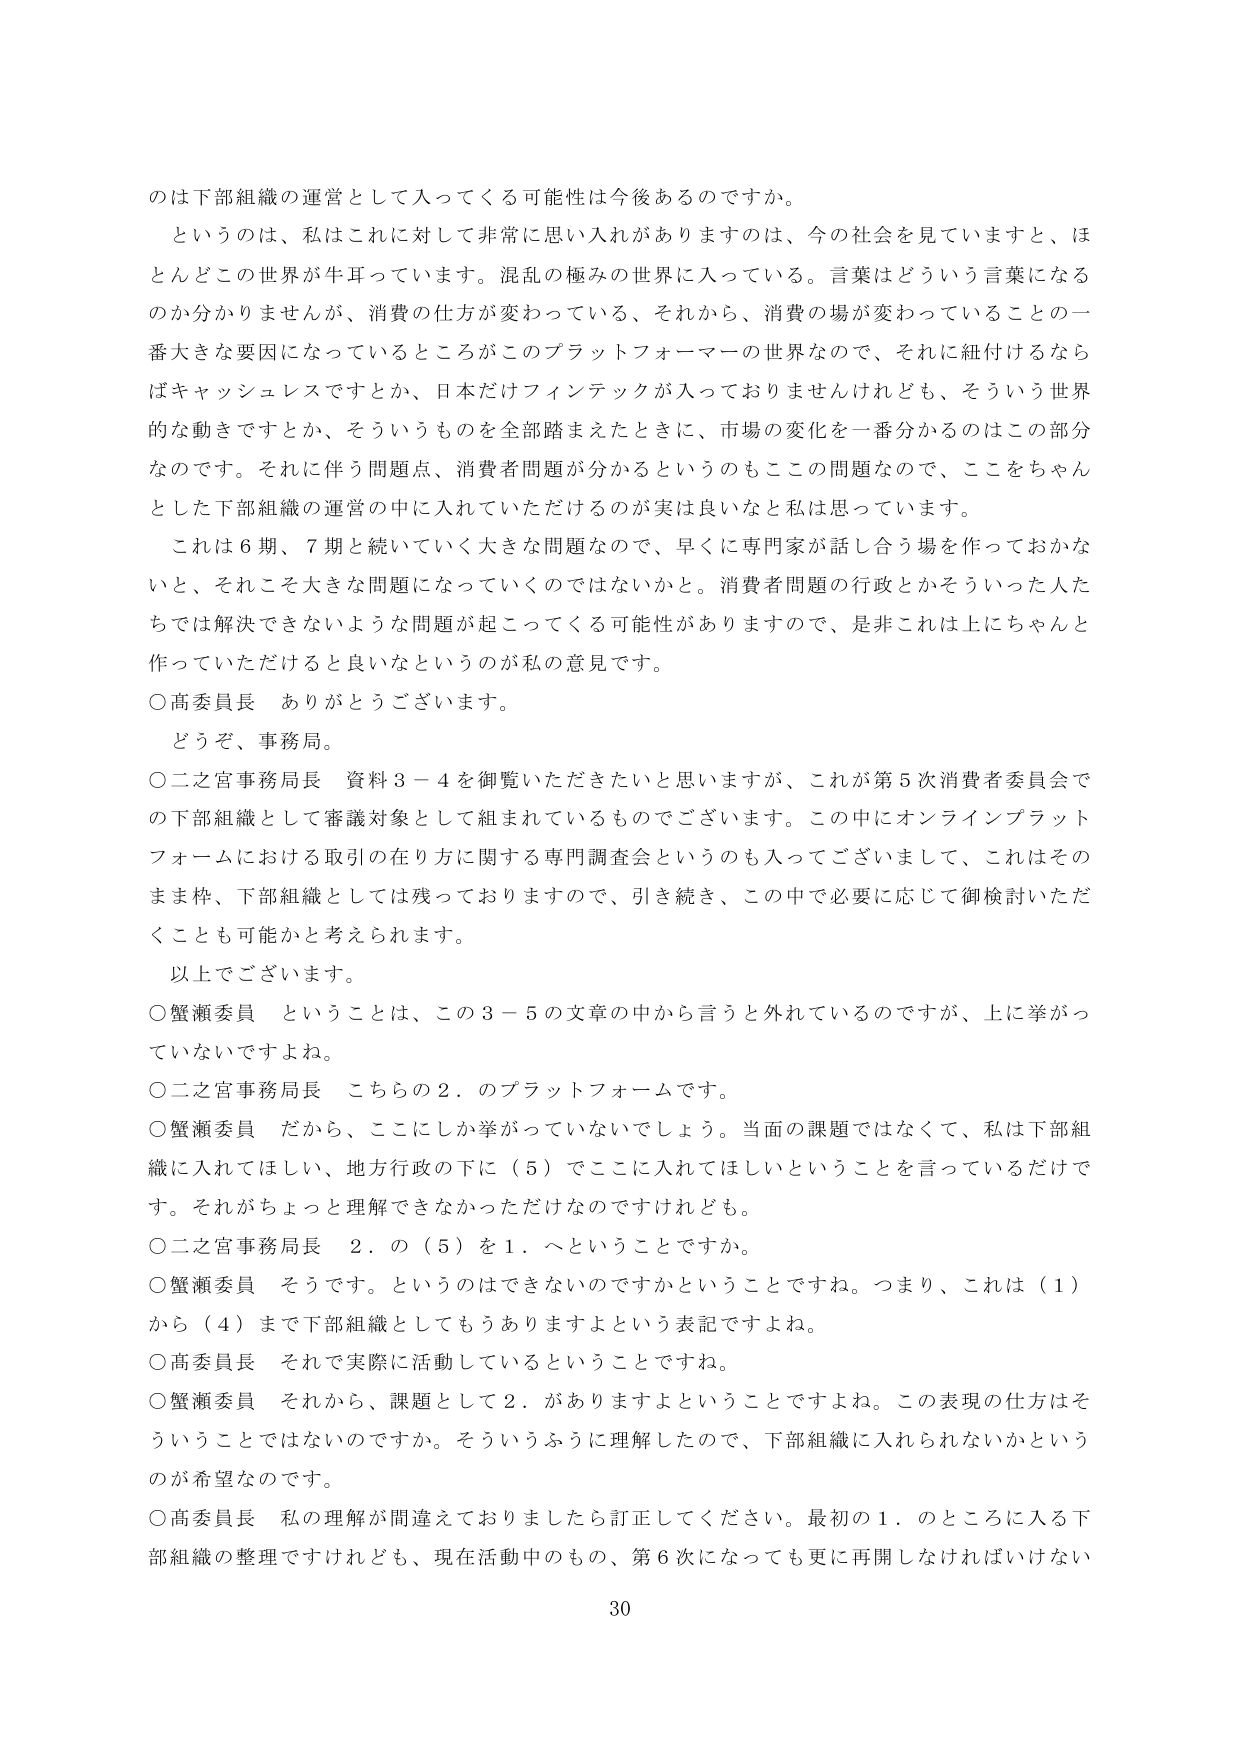
のは下部組織の運営として入ってくる可能性は今後あるのですか。

というのは、私はこれに対して非常に思い入れがありますのは、今の社会を見ていますと、ほとんどこの世界が牛耳っています。混乱の極みの世界に入っている。言葉はどういう言葉になるのか分かりませんが、消費の仕方が変わっている、それから、消費の場が変わっていることの一番大きな要因になっているところがこのプラットフォーマーの世界なので、それに紐付けるならばキャッシュレスですとか、日本だけフィンテックが入っておりませんけれども、そういう世界的な動きですとか、そういうものを全部踏まえたときに、市場の変化を一番分かるのはこの部分なのです。それに伴う問題点、消費者問題が分かるというのもここの問題なので、ここをちゃんととした下部組織の運営の中に入れていただけるのが実は良いなと私は思っています。

これは６期、７期と続いていく大きな問題なので、早くに専門家が話し合う場を作っておかないと、それこそ大きな問題になっていくのではないでしょうか。消費者問題の行政とかそういった人たちでは解決できないような問題が起こってくる可能性がありますので、是非これは上にちゃんと作っていただけると良いなというのが私の意見です。

○高委員長　ありがとうございます。

どうぞ、事務局。

○二之宮事務局長　資料３－４を御覧いただきたいと思いますが、これが第５次消費者委員会での下部組織として審議対象として組まれているものでございます。この中にオンラインプラットフォームにおける取引の在り方に関する専門調査会というのも入ってございまして、これはそのまま枠、下部組織としては残っておりますので、引き続き、この中で必要に応じて御検討いただくことも可能と考えられます。

以上でございます。

○蟹瀬委員　ということは、この３－５の文章の中から言うと外れているのですが、上に挙がっていないですよね。

○二之宮事務局長　こちらの２．のプラットフォームです。

○蟹瀬委員　だから、ここにしか挙がっていないでしょう。当面の課題ではなくて、私は下部組織に入れてほしい、地方行政の下に（５）でここに入れてほしいということを言っているだけです。それがちょっと理解できなかっただけなのですけれども。

○二之宮事務局長　２．の（５）を１．へということですか。

○蟹瀬委員　そうです。というのはできないのですかということですね。つまり、これは（１）から（４）まで下部組織としてもうありますよという表記ですよね。

○高委員長　それで実際に活動しているということですね。

○蟹瀬委員　それから、課題として２．がありますよということですよね。この表現の仕方はそういうことではないのですか。そういうふうに理解したので、下部組織に入れられないかというのが希望なのです。

○高委員長　私の理解が間違えておりましたら訂正してください。最初の１．のところに入る下部組織の整理ですけれども、現在活動中のもの、第６次になっても更に再開しなければいけない

30